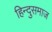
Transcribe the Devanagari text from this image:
हिन्दुसमाज